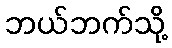
ဘယ်ဘက်သို့